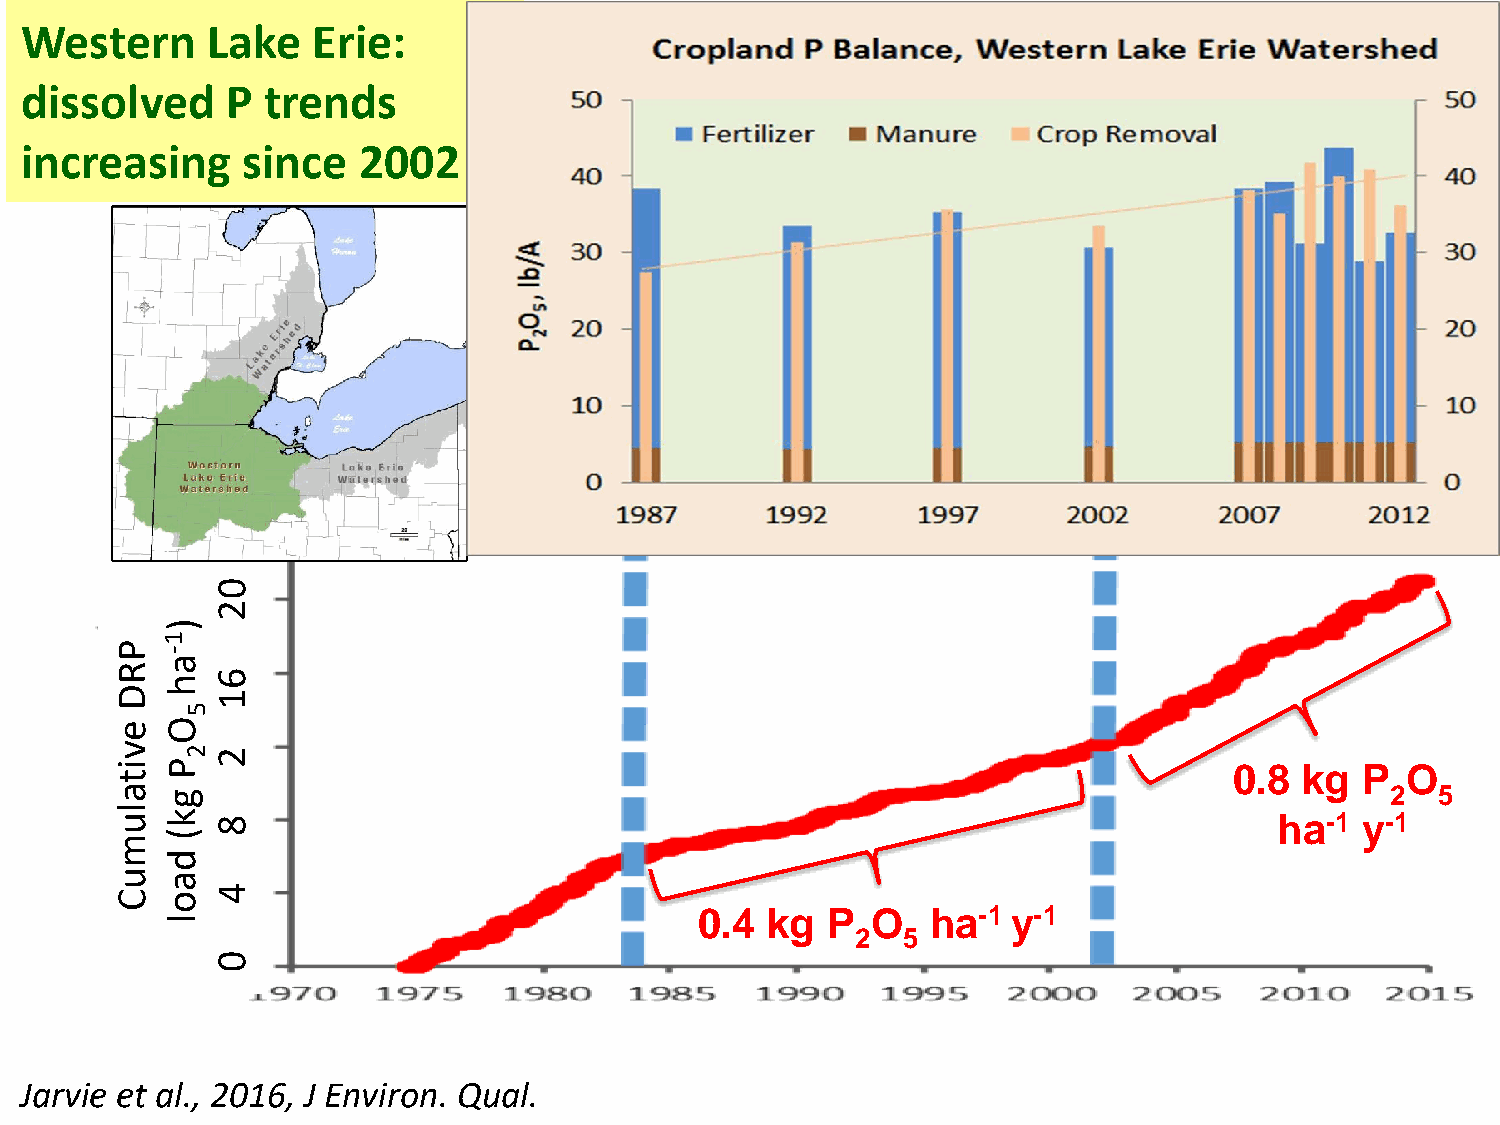
Western      Lake   Erie:
 dissolved     P trends
 increasing     since   2002
 0
 2
 )
 1
 P
 R
 -
 a
 h  6
 D     1
 5
 e  O
 v   2 2
 i  P                                                                      0.8 kg  P  O
 t
 a  g                                                                                2  5
 l
 u  k  8                                                                      ha-1 y-1
 m  (
 d
 u  a
 C  o  4
 0.4  kg  P  O   ha-1 y-1
 l
 2  5
 0
 Jarvie et al., 2016, J Environ. Qual.